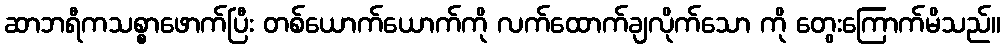
ဆာဘရီကသစ္စာဖောက်ပြီး တစ်ယောက်ယောက်ကို လက်ထောက်ချလိုက်သော ကို တွေးကြောက်မိသည်။